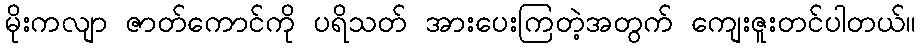
မိုးကလျာ ဇာတ်ကောင်ကို ပရိသတ် အားပေးကြတဲ့အတွက် ကျေးဇူးတင်ပါတယ်။